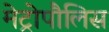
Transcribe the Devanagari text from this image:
मेट्रोपौलिस